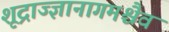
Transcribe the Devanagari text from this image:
शूद्राज्ज्ञानागमश्चैव